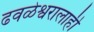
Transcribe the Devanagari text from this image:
ढवळेश्वरालाही